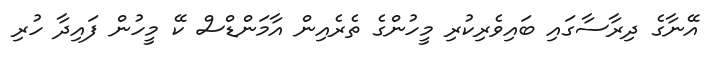
އޭނާގެ ދިރާސާގައި ބައިވެރިކުރި މީހުންގެ ތެރެއިން އާމަންޑްސް ކޭ މީހުން ފައިދާ ހުރި